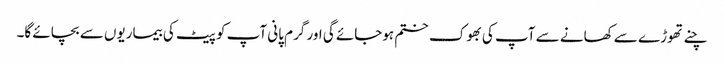
چنے تھوڑے سے کھانے سے آپ کی بھوک ختم ہوجائے گی اور گرم پانی آپ کو پیٹ کی بیماریوں سے بچائے گا۔